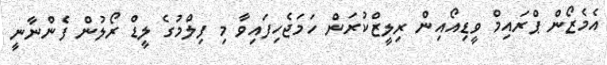
އެމެޒޯން ޕްރައިމް ވީޑިއޯއިން ރިލީޒްކުރަން ހަމަޖެހިފައިވާ މި ފިލްމުގެ ލީޑް ރޯލުން ފެންނާނީ